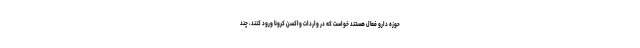
حوزه دارو فعال هستند خواست که در واردات واکسن کرونا ورود کنند، چند